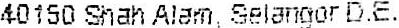
40150 SHAH ALAM, SELANGOR D.E.